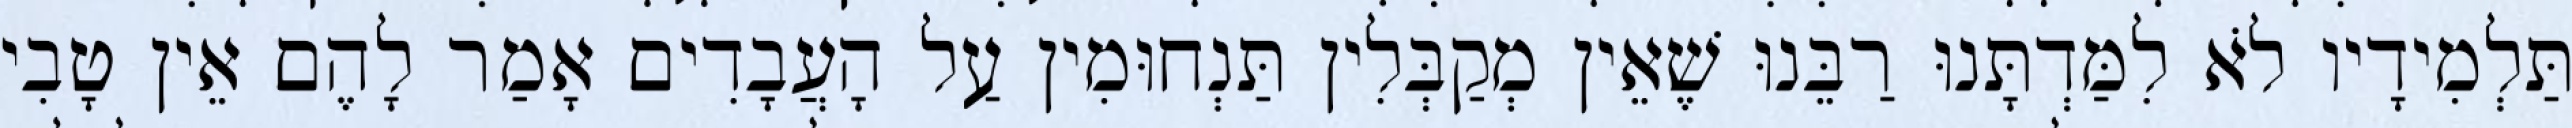
תַּלְמִידָיו לֹא לִמַּדְתָּנוּ רַבֵּנוּ שֶׁאֵין מְקַבְּלִין תַּנְחוּמִין עַל הָעֲבָדִים אָמַר לָהֶם אֵין טָבִי